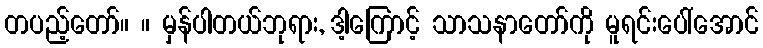
တပည့်တော်။ ။ မှန်ပါတယ်ဘုရား, ဒါ့ကြောင့် သာသနာတော်ကို မူရင်းပေါ်အောင်